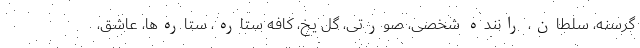
گرسنه، سلطان، راننده شخصی، صورتی، گل یخ، کافه ستاره، ستاره‌ها، عاشق،